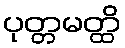
ပုတ္တမတ္ထိ